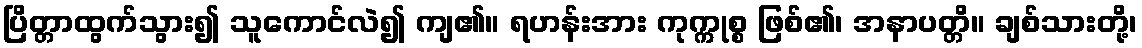
ပြိတ္တာထွက်သွား၍ သူကောင်လဲ၍ ကျ၏။ ရဟန်းအား ကုက္ကုစ္စ ဖြစ်၏၊ အနာပတ္တိ။ ချစ်သားတို့၊